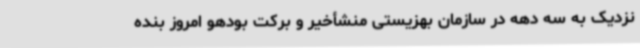
نزدیک به سه دهه در سازمان بهزیستی منشأخیر و برکت بودهو امروز بنده